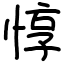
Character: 惇